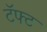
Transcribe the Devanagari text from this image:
टॅफ्ट